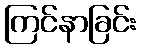
ကြင်နာခြင်း